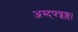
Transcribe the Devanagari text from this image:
अस्द्फ्घ्ज्क्ल्।